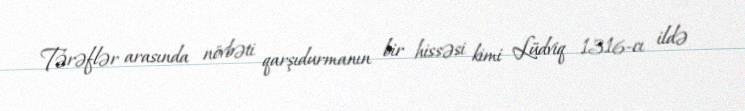
Tərəflər arasında növbəti qarşıdurmanın bir hissəsi kimi Lüdviq 1316-cı ildə